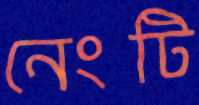
নেংটি